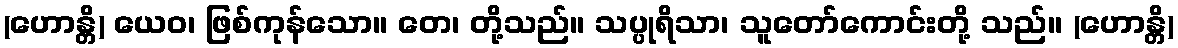
(ဟောန္တိ) ယေဝ၊ ဖြစ်ကုန်သော။ တေ၊ တို့သည်။ သပ္ပုရိသာ၊ သူတော်ကောင်းတို့ သည်။ (ဟောန္တိ)